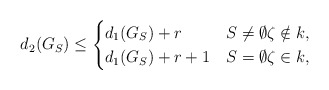
\begin{align*}d_2(G_S)\le\begin{cases}d_1(G_S)+r & S\ne\emptyset \zeta\notin k,\\d_1(G_S)+r+1 & S=\emptyset \zeta\in k,\end{cases}\end{align*}